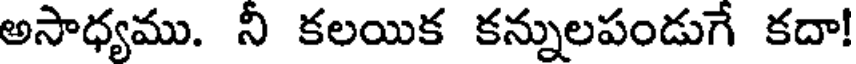
అసాధ్యము. నీ కలయిక కన్నులపండుగే కదా!